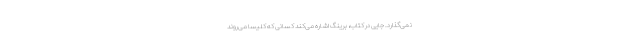
نمی‌گذارد. جایی در کتاب، برینگ اشاره می‌کند کسانی که کلیسا می‌روند